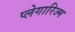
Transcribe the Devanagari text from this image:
प्लेगारिज्म